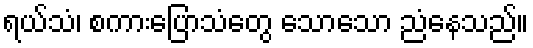
ရယ်သံ၊ စကားပြောသံတွေ သောသော ညံနေသည်။